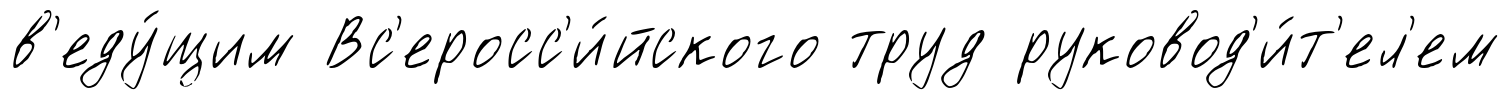
в'еду́щим Вс'еросс'и́йского труд руковод'и́т'ел'ем